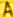
A